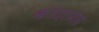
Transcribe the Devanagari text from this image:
कांदापोहे